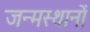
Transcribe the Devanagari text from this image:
जन्मस्थानों